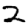
Digit: 2